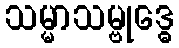
သမ္မာသမ္ဗုဒ္ဓေ